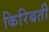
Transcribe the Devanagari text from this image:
किरिबती